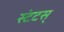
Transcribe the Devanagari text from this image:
स्टंटस्